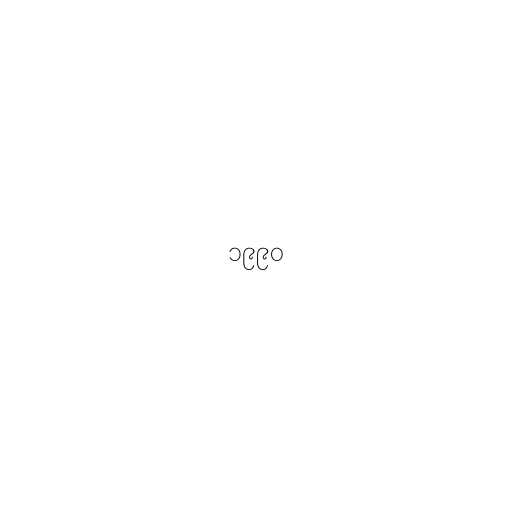
၁၉၉၀